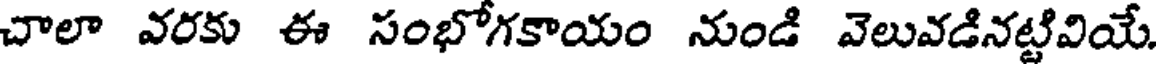
చాలా వరకు ఈ సంభోగకాయం నుండి వెలువడినట్టివియే